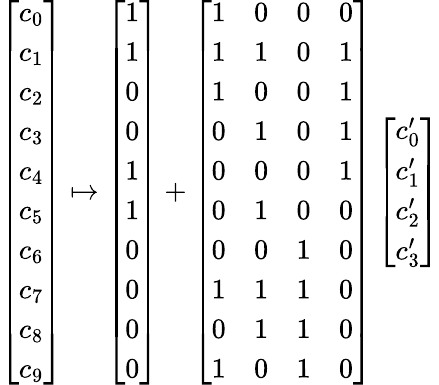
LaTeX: \begin{array}{r}{\left[\begin{array}{l}{c_{0}}\\ {c_{1}}\\ {c_{2}}\\ {c_{3}}\\ {c_{4}}\\ {c_{5}}\\ {c_{6}}\\ {c_{7}}\\ {c_{8}}\\ {c_{9}}\end{array}\right]\mapsto\left[\begin{array}{l}{1}\\ {1}\\ {0}\\ {0}\\ {1}\\ {1}\\ {0}\\ {0}\\ {0}\\ {0}\end{array}\right]+\left[\begin{array}{llll}{1}&{0}&{0}&{0}\\ {1}&{1}&{0}&{1}\\ {1}&{0}&{0}&{1}\\ {0}&{1}&{0}&{1}\\ {0}&{0}&{0}&{1}\\ {0}&{1}&{0}&{0}\\ {0}&{0}&{1}&{0}\\ {1}&{1}&{1}&{0}\\ {0}&{1}&{1}&{0}\\ {1}&{0}&{1}&{0}\end{array}\right]\left[\begin{array}{l}{c_{0}^{\prime}}\\ {c_{1}^{\prime}}\\ {c_{2}^{\prime}}\\ {c_{3}^{\prime}}\end{array}\right]}\end{array}